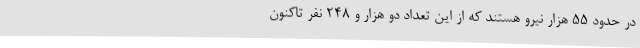
در حدود ۵۵ هزار نیرو هستند که از این تعداد دو هزار و ۲۴۸ نفر تاکنون